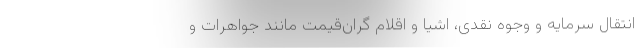
انتقال سرمایه و وجوه نقدی، اشیا و اقلام گران‌قیمت مانند جواهرات و